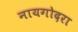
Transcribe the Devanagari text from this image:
नायगोदरा